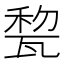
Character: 𤭜